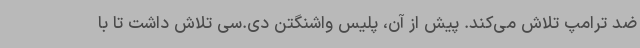
ضد ترامپ تلاش می‌کند. پیش از آن، پلیس واشنگتن دی.سی تلاش داشت تا با